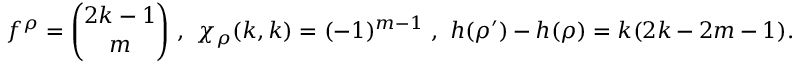
f ^ { \rho } = { \binom { 2 k - 1 } { m } } \ , \ \chi _ { \rho } ( k , k ) = ( - 1 ) ^ { m - 1 } \ , \ h ( \rho ^ { \prime } ) - h ( \rho ) = k ( 2 k - 2 m - 1 ) .